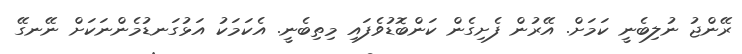
ރޭންޖު ނުލިބެނީ ކަމަށް. އޭރުން ފެށިގެން ކަންބޮޑުވެފައި މިތިބެނީ. އެކަމަކު އަޅުގަނޑުމެންނަކަށް ނޭނގޭ